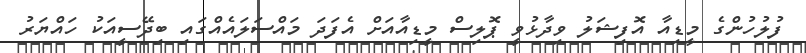
ފުލުހުންގެ މީޑިއާ އޮފިޝަލު ވިދާޅުވީ ޕޮލިސް މީޑިއާއަށް އެފަދަ މައްސަލައެއްގައި ބިދޭސީއަކު ހައްޔަރު